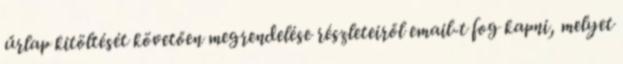
űrlap kitöltését követően megrendelése részleteiről email-t fog kapni, melyet